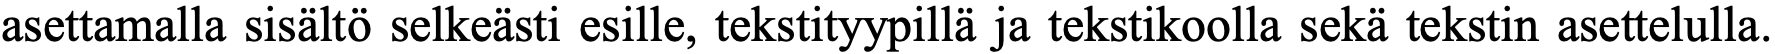
asettamalla sisältö selkeästi esille, tekstityypillä ja tekstikoolla sekä tekstin asettelulla.